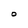
Character: O